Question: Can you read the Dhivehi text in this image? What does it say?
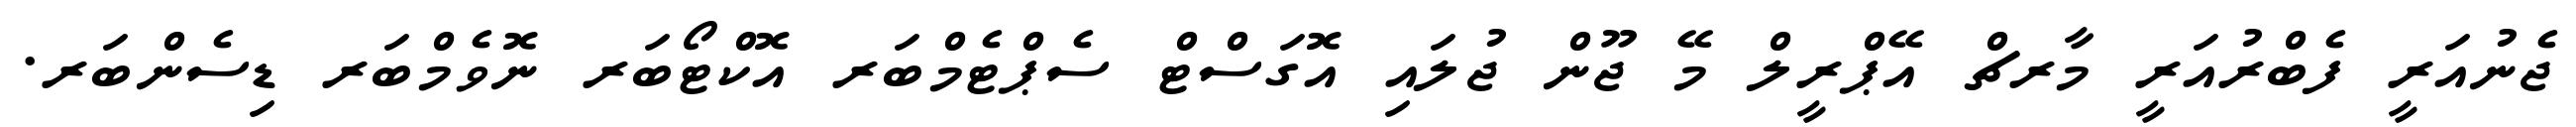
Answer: ޖެނުއަރީ ފެބްރުއަރީ މާރޗް އޭޕްރީލް މޭ ޖޫން ޖުލައި އޮގަސްޓް ސެޕްޓެމްބަރ އޮކްޓޯބަރ ނޮވެމްބަރ ޑިސެންބަރ.